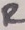
Text: R